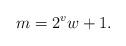
LaTeX: \begin{align*}m = 2^v w+1.\end{align*}